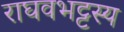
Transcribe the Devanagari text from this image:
राघवभट्टस्य